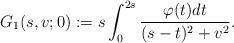
LaTeX: \begin{align*}G_1(s,v;0)&:= s \int_{0}^{2s}\frac{\varphi(t)dt}{(s-t)^2+v^2}.\end{align*}